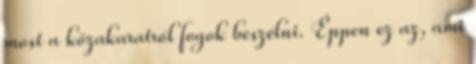
most a közakaratról fogok beszélni. Éppen ez az, ami